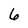
Character: 6